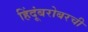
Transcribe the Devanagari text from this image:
हिंदूंबरोबरची